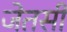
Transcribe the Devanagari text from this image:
जेतसी